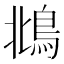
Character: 𩿻